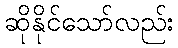
ဆိုနိုင်သော်လည်း